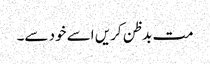
مت بدظن کریں اسے خود سے۔